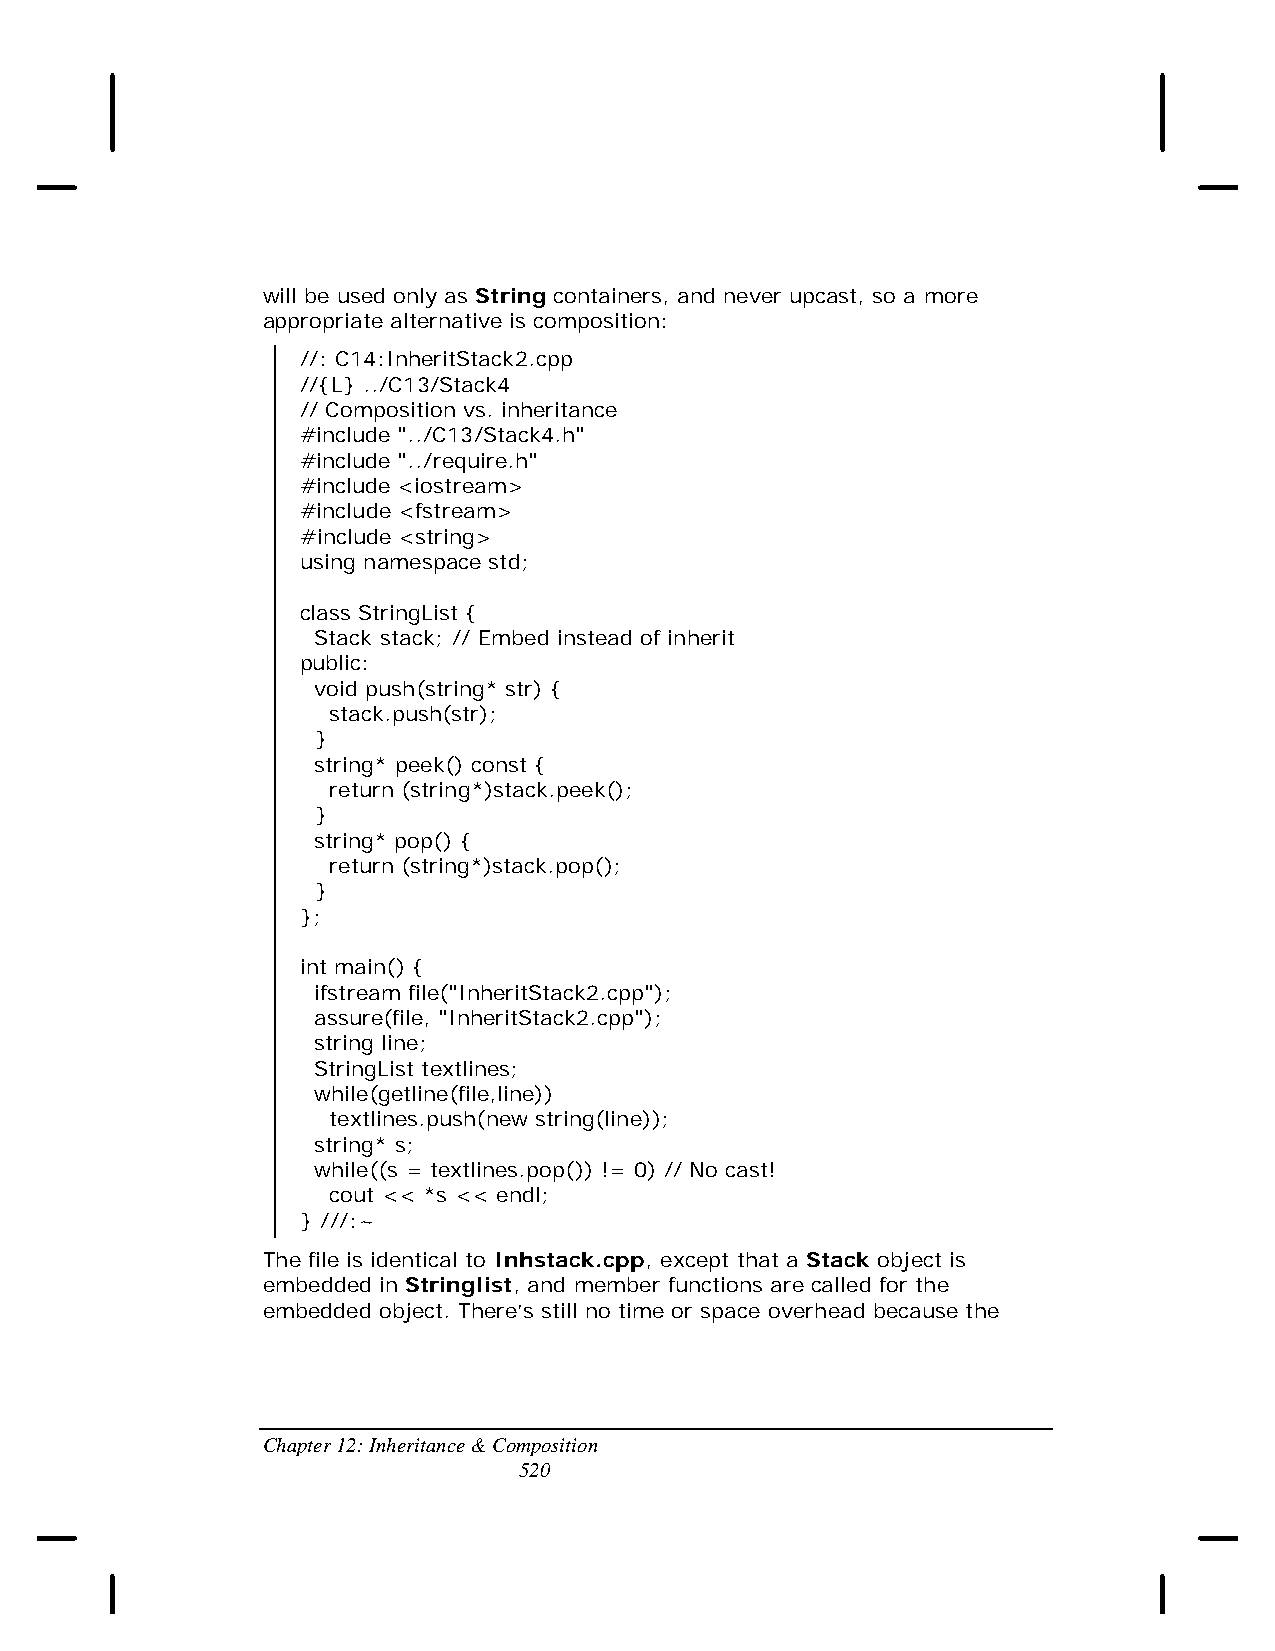
will be used only as String containers, and never upcast, so a more
 appropriate alternative is composition:
 //: C14:InheritStack2.cpp
 //{L} ../C13/Stack4
 // Composition vs. inheritance
 #include "../C13/Stack4.h"
 #include "../require.h"
 #include <iostream>
 #include <fstream>
 #include <string>
 using namespace std;
 class StringList {
 Stack stack; // Embed instead of inherit
 public:
 void push(string* str) {
 stack.push(str);
 }
 string* peek() const {
 return (string*)stack.peek();
 }
 string* pop() {
 return (string*)stack.pop();
 }
 };
 int main() {
 ifstream file("InheritStack2.cpp");
 assure(file, "InheritStack2.cpp");
 string line;
 StringList textlines;
 while(getline(file,line))
 textlines.push(new string(line));
 string* s;
 while((s = textlines.pop()) != 0) // No cast!
 cout << *s << endl;
 } ///:~
 The file is identical to Inhstack.cpp, except that a Stack object is
 embedded in Stringlist, and member functions are called for the
 embedded object. There’s still no time or space overhead because the
 Chapter 12: Inheritance & Composition
 520